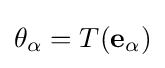
\theta _{\alpha }=T(\mathbf {e} _{\alpha })